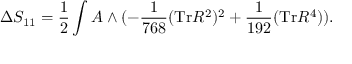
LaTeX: \Delta S _ { 1 1 } = \frac { 1 } { 2 } \int A \wedge ( - \frac { 1 } { 7 6 8 } ( \mathrm { T r } R ^ { 2 } ) ^ { 2 } + \frac { 1 } { 1 9 2 } ( \mathrm { T r } R ^ { 4 } ) ) .